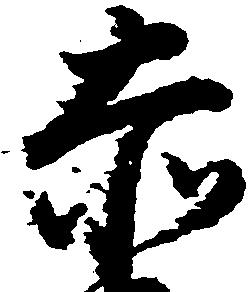
赤